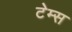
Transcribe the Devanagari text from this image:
टेम्‍स